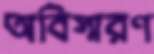
অবিস্মরণ